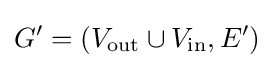
G'=(V_{\textrm {out}}\cup V_{\textrm {in}},E')